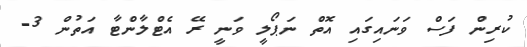
ކުރިން ފަސް ވަނައިގައި އޮތް ނަޕޯލީ ވަނީ ރޭ އެޓްލާންޓާ އަތުން 3-